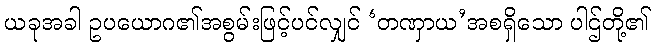
ယခုအခါ ဥပယောဂ၏အစွမ်းဖြင့်ပင်လျှင် ‘တဏှာယ’အစရှိသော ပါဌ်တို့၏